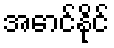
အောင်နိုင်